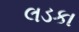
લડકા